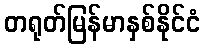
တရုတ်မြန်မာနှစ်နိုင်ငံ